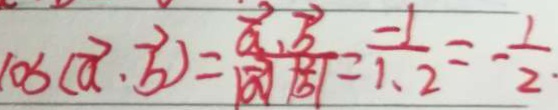
1 0 3 ( \overrightarrow { a } \cdot \overrightarrow { b } ) = \frac { \overrightarrow { a } \cdot \overrightarrow { b } } { \vert \overrightarrow { a } / / \overrightarrow { b } \vert } = \frac { - 1 } { 1 \cdot 2 } = - \frac { 1 } { 2 } .